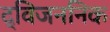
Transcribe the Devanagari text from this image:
द्विजननिक